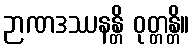
ဉာဏဒဿနန္တိ ဝုတ္တန္တိ။